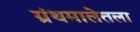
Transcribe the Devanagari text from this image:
ग्रंथमालेतला